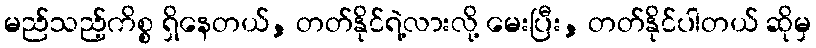
မည်သည့်ကိစ္စ ရှိနေတယ်, တတ်နိုင်ရဲ့လားလို့ မေးပြီး, တတ်နိုင်ပါတယ် ဆိုမှ